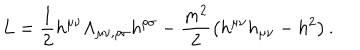
LaTeX: L = \frac { 1 } { 2 } h ^ { \mu \nu } \Lambda _ { \mu \nu , \rho \sigma } h ^ { \rho \sigma } - \frac { m ^ { 2 } } { 2 } \left( h ^ { \mu \nu } h _ { \mu \nu } - h ^ { 2 } \right) .